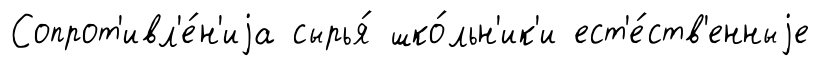
Сопрот'ивл'е́н'иjа сырья́ шко́льн'ик'и ест'е́ств'енныjе